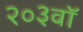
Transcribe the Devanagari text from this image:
२०३वॉ